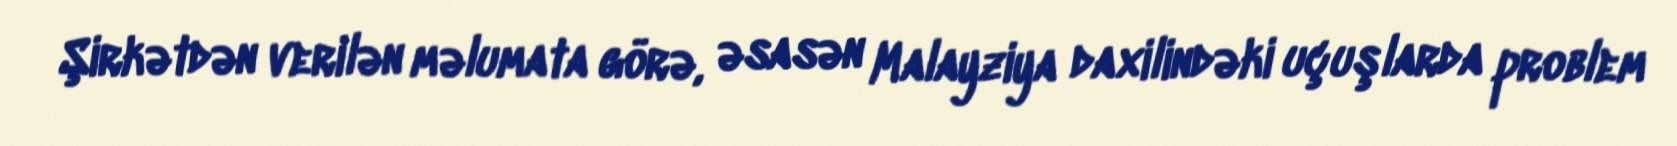
Şirkətdən verilən məlumata görə, əsasən Malayziya daxilindəki uçuşlarda problem